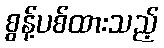
စွန့်ပစ်ထားသည့်